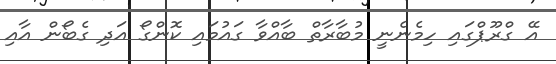
އޭ ގްރޫޕްގައި ހިމެނެނީ މުބާރާތް ބާއްވާ ގައުމައި ކޮންގޯ އަދި ގެބޯން އާއި